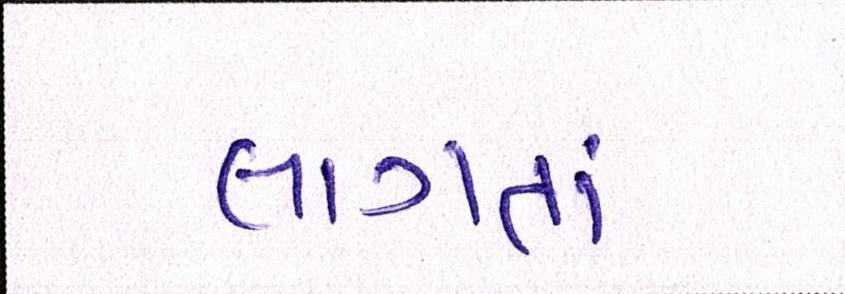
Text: લાગતાં